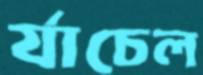
র‍্যাচেল